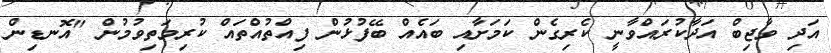
އަދި ވާޖިބް އަދާކުރައްވާނީ ކެރިގެން ކަމަށާއި ބައެއް ބޭފުޅުން ފިއްތުއްތައް ކުރިމަތިވުމުން "އޮނޑިން